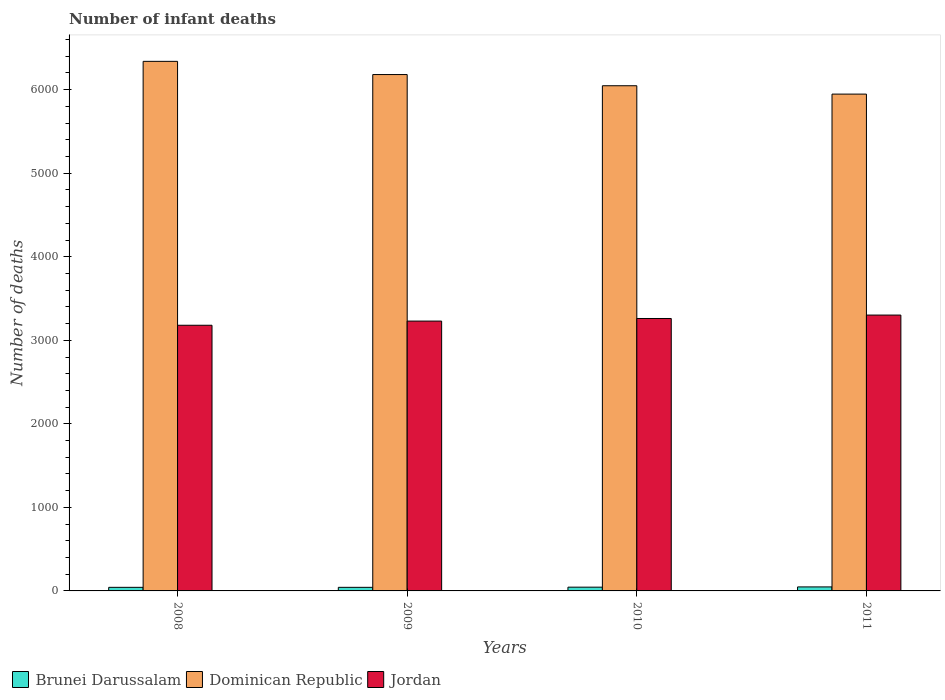
| Years | Brunei Darussalam | Dominican Republic | Jordan |
 | --- | --- | --- | --- |
 | 2008 | 43 | 6.34e+03 | 3.18e+03 |
 | 2009 | 43 | 6.18e+03 | 3.23e+03 |
 | 2010 | 45 | 6.05e+03 | 3.26e+03 |
 | 2011 | 48 | 5.95e+03 | 3.3e+03 |